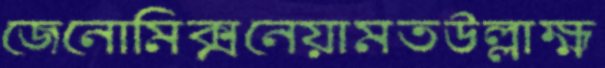
জেনোমিক্সনেয়ামতউল্লাহ্ম